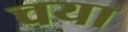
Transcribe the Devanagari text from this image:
चया